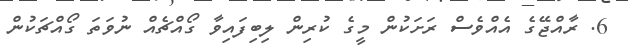
6. ރާއްޖޭގެ އެއްވެސް ރަށަކުން މީގެ ކުރިން ލިބިފައިވާ ގޯއްޗެއް ނުވަތަ ގޯއްޗަކުން